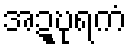
အဍ္ဎုရကံ